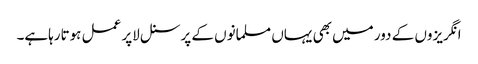
انگریزوں کے دور میں بھی یہاں مسلمانوں کے پرسنل لاپر عمل ہوتارہاہے۔